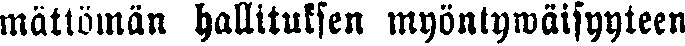
mättömän hallituksen myöntywäisyyteen